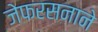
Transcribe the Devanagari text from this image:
जेफरसनाने